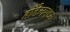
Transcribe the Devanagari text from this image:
हॉटेलमध्य